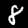
Digit: 8